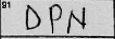
Transcription: DPN